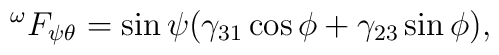
^{\omega}F_{\psi \theta}=\sin \psi (\gamma_{31} \cos \phi +\gamma_{23} \sin \phi),